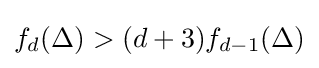
f_{d}(\Delta )>(d+3)f_{d-1}(\Delta )